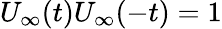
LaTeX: U_{\infty}(t)U_{\infty}(-t)=1